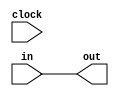
module Register( 
    clock,
    in,
    out
    );
      
    input clock;
    input [31:0] in;
    output  [31:0]out;
    
    reg [31:0] out ;
    always @ (*) begin
        out <= in;  
    end
    
endmodule